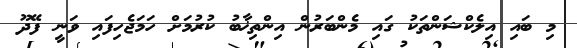
މި ބައި އިލެކްޝަންތަކު ގައި މެންބަރުން އިންތިޚާބު ކުރުމަށް ހަމަޖެހިފައި ވަނީ ފޭދޫ